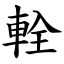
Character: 輇